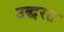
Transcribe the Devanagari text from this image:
उद्धरत